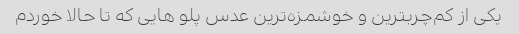
یکی از کم‌چربترین و خوشمزه‌ترین عدس پلو هایی که تا حالا خوردم